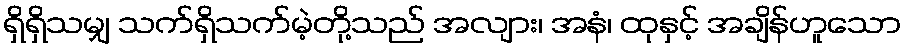
ရှိရှိသမျှ သက်ရှိသက်မဲ့တို့သည် အလျား၊ အနံ၊ ထုနှင့် အချိန်ဟူသော